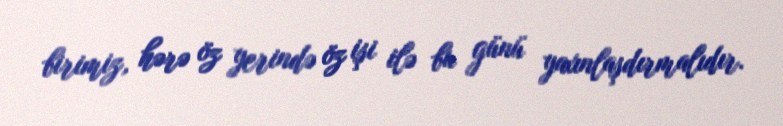
birimiz, hərə öz yerində öz işi ilə bu günü yaxınlaşdırmalıdır.